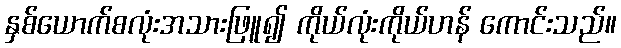
နှစ်ယောက်စလုံးအသားဖြူ၍ ကိုယ်လုံးကိုယ်ဟန် ကောင်းသည်။